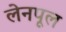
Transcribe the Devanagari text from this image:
लेनपूल